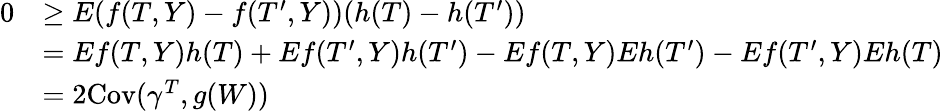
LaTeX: \begin{array}{rl}{0}&{\geq E(f(T,Y)-f(T^{\prime},Y))(h(T)-h(T^{\prime}))}\\ &{=Ef(T,Y)h(T)+Ef(T^{\prime},Y)h(T^{\prime})-Ef(T,Y)Eh(T^{\prime})-Ef(T^{\prime},Y)Eh(T)}\\ &{=2\mathrm{Cov}(\gamma^{T},g(W))}\end{array}